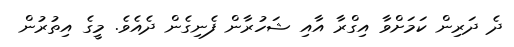
ދެ ދަރިން ކަމަށްވާ އިގްރާ އާއި ޝަހުރާން ފެނިގެން ދެއެވެ. މީގެ އިތުރުން